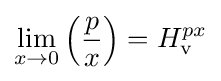
\lim _{x\to 0}\left({\frac {p}{x}}\right)=H_{\rm {v}}^{px}